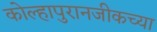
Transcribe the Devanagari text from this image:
कोल्हापुरानजीकच्या